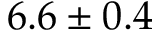
6 . 6 \pm 0 . 4